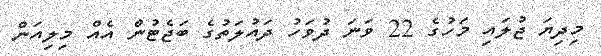
މިދިޔަ ޖުލައި މަހުގެ 22 ވަނަ ދުވަހު ދައުލަތުގެ ބަޖެޓުން އެއް މިލިއަން